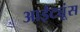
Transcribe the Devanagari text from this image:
आईट्यूंस